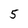
Character: 5